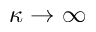
\kappa \rightarrow \infty